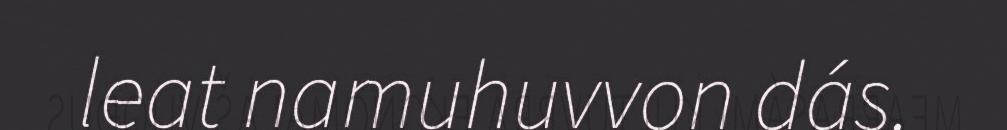
leat namuhuvvon dás.